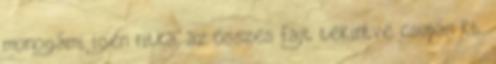
monogámi igen ritka, az összes fajt tekintve csupán kb.